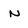
Character: n